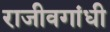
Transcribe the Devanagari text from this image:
राजीवगांधी